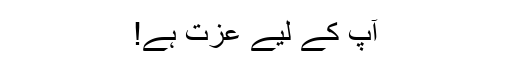
آپ کے لیے عزت ہے!